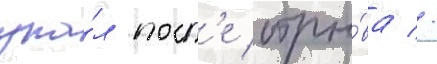
упа́л посл'е отры́ва //